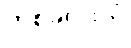
တစ်ခုလုံးကို